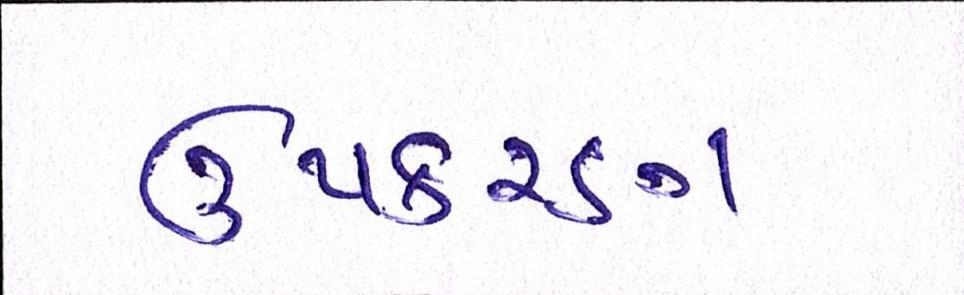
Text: ઉપકરણ